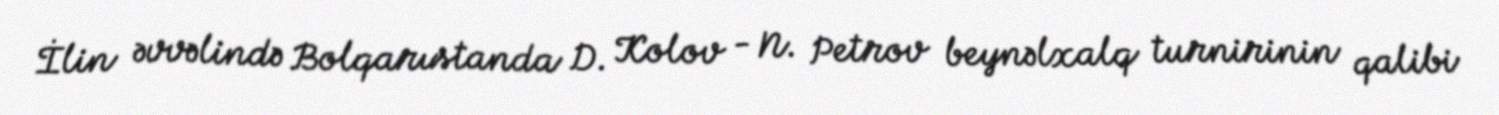
İlin əvvəlində Bolqarıstanda D. Kolov - N. Petrov beynəlxalq turnirinin qalibi